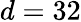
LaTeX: d=32